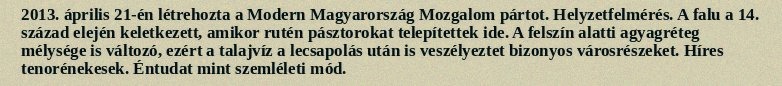
2013. április 21-én létrehozta a Modern Magyarország Mozgalom pártot. Helyzetfelmérés. A falu a 14. század elején keletkezett, amikor rutén pásztorokat telepítettek ide. A felszín alatti agyagréteg mélysége is változó, ezért a talajvíz a lecsapolás után is veszélyeztet bizonyos városrészeket. Híres tenorénekesek. Éntudat mint szemléleti mód.